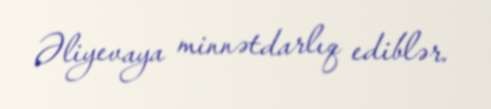
Əliyevaya minnətdarlıq ediblər.